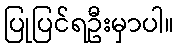
ပြုပြင်ရဦးမှာပါ။